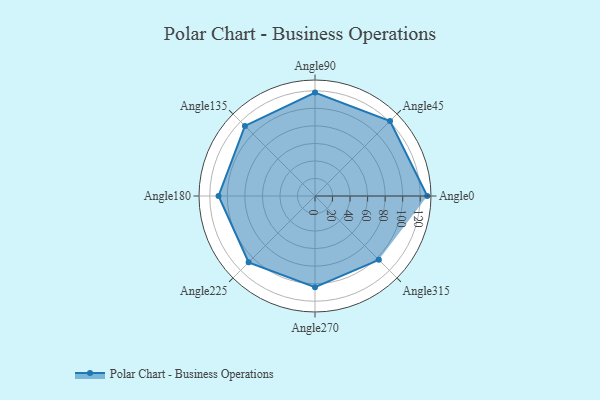
{"axis": {"x": "Angle", "y": "Radius"}, "legend": [""], "data": [{"x": "Angle0", "y": 128.0, "type": ""}, {"x": "Angle45", "y": 121.0, "type": ""}, {"x": "Angle90", "y": 118.0, "type": ""}, {"x": "Angle135", "y": 113.0, "type": ""}, {"x": "Angle180", "y": 110.0, "type": ""}, {"x": "Angle225", "y": 107.0, "type": ""}, {"x": "Angle270", "y": 104.0, "type": ""}, {"x": "Angle315", "y": 103.0, "type": ""}]}